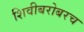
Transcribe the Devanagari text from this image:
शिवीबरोबरच